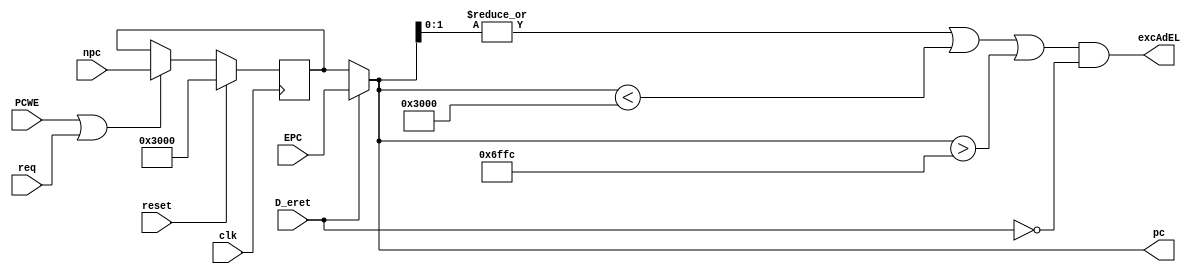
`timescale 1ns / 1ps

module F_PC(
    input clk,
    input reset,
    input PCWE,
    input [31:0] npc,
    input D_eret,
    input [31:0] EPC,
    input req,
    output [31:0] pc,
    output excAdEL
    );
    reg [31:0] pc_reg;
    assign pc = D_eret? EPC: pc_reg;
    
    assign excAdEL = 
        ((|pc[1:0]) || (pc<32'h0000_3000) || (pc>32'h0000_6ffc)) && !D_eret;

    always @(posedge clk) begin
        if(reset) begin
            pc_reg <= 32'h0000_3000;
        end
        else if(PCWE | req) begin
            pc_reg <= npc;
        end
    end

    
endmodule